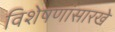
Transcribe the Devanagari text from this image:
विशेषणांसारखे